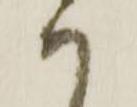
ハ